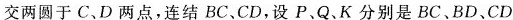
交两圆于C、D两点，连结BC、CD，设P.Q、K分别是BC、BD、CD